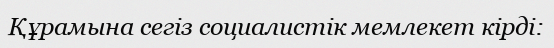
Құрамына сегіз социалистік мемлекет кірді: